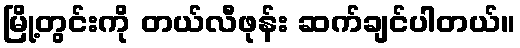
မြို့တွင်းကို တယ်လီဖုန်း ဆက်ချင်ပါတယ်။